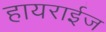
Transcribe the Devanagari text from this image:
हायराईज